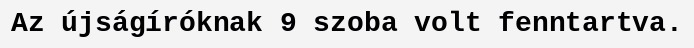
Az újságíróknak 9 szoba volt fenntartva.